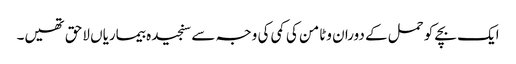
ایک بچے کو حمل کے دوران وٹامن کی کمی کی وجہ سے سنجیدہ بیماریاں لاحق تھیں۔